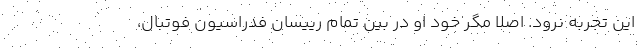
این تجربه نرود. اصلا مگر خود او در بین تمام رییسان فدراسیون فوتبال،